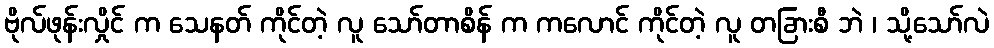
ဗိုလ်ဖုန်းလှိုင် က သေနတ် ကိုင်တဲ့ လူ သော်တာစိန် က ကလောင် ကိုင်တဲ့ လူ တခြားစီ ဘဲ ၊ သို့သော်လဲ